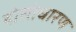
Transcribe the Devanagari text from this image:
दोसोधारण